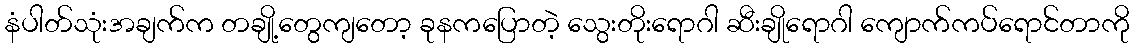
နံပါတ်သုံးအချက်က တချို့တွေကျတော့ ခုနကပြောတဲ့ သွေးတိုးရောဂါ ဆီးချိုရောဂါ ကျောက်ကပ်ရောင်တာကို